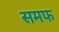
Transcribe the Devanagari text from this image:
समफ